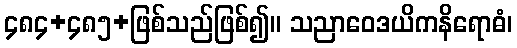
၄၈၄+၄၈၅+ဖြစ်သည်ဖြစ်၍။ သညာဝေဒယိကနိရောဓံ၊